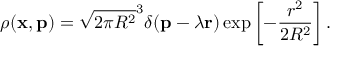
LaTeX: \rho ( { \bf x } , { \bf p } ) = \sqrt { 2 \pi R ^ { 2 } } ^ { 3 } \delta ( { \bf p } - \lambda { \bf r } ) \exp \left[ - \frac { r ^ { 2 } } { 2 R ^ { 2 } } \right] .